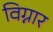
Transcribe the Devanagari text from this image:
विग्नार